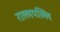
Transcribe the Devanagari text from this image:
राल्लपल्लि